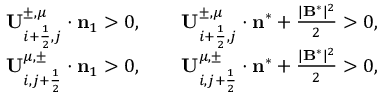
\begin{array} { r } { \mathbf { U } _ { i + \frac { 1 } { 2 } , j } ^ { \pm , \mu } \cdot { \bf n } _ { 1 } > 0 , \qquad \mathbf { U } _ { i + \frac { 1 } { 2 } , j } ^ { \pm , \mu } \cdot \mathbf { n } ^ { * } + \frac { | \mathbf { B } ^ { * } | ^ { 2 } } { 2 } > 0 , } \\ { \mathbf { U } _ { i , j + \frac { 1 } { 2 } } ^ { \mu , \pm } \cdot { \bf n } _ { 1 } > 0 , \qquad \mathbf { U } _ { i , j + \frac { 1 } { 2 } } ^ { \mu , \pm } \cdot \mathbf { n } ^ { * } + \frac { | \mathbf { B } ^ { * } | ^ { 2 } } { 2 } > 0 , } \end{array}